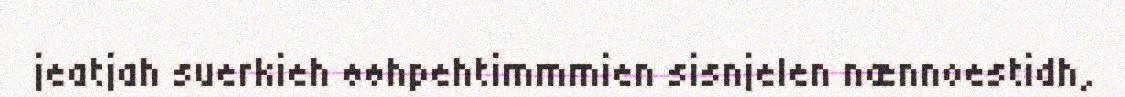
jeatjah suerkieh øøhpehtimmmien sisnjelen nænnoestidh,